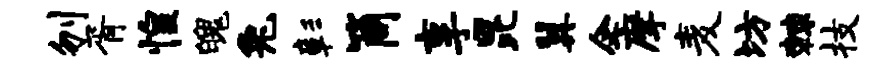
刎胥惶魄兔彰筒享昆翼企摩麦坊棘技